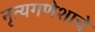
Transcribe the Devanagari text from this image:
नृत्यगणेशाचे